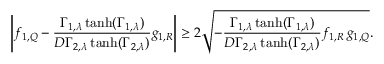
\left| f _ { 1 , Q } - \frac { \Gamma _ { 1 , \lambda } \operatorname { t a n h } ( \Gamma _ { 1 , \lambda } ) } { D \Gamma _ { 2 , \lambda } \operatorname { t a n h } ( \Gamma _ { 2 , \lambda } ) } g _ { 1 , R } \right| \geq 2 \sqrt { - \frac { \Gamma _ { 1 , \lambda } \operatorname { t a n h } ( \Gamma _ { 1 , \lambda } ) } { D \Gamma _ { 2 , \lambda } \operatorname { t a n h } ( \Gamma _ { 2 , \lambda } ) } f _ { 1 , R } \, g _ { 1 , Q } } .